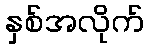
နှစ်အလိုက်